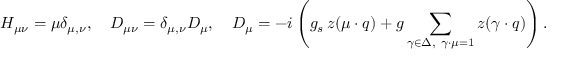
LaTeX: H _ { \mu \nu } = \mu \delta _ { \mu , \nu } , \quad D _ { \mu \nu } = \delta _ { \mu , \nu } D _ { \mu } , \quad D _ { \mu } = - i \left( g _ { s } \, z ( \mu \cdot q ) + g \sum _ { \gamma \in \Delta , \ \gamma \cdot \mu = 1 } z ( \gamma \cdot q ) \right) .